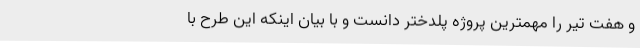
و هفت تیر را مهمترین پروژه پلدختر دانست و با بیان اینکه این طرح با